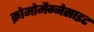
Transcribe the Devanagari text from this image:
क्रोमोमैग्‍नेसाइट